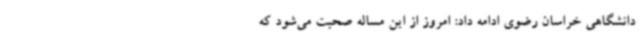
دانشگاهی خراسان رضوی ادامه داد: امروز از این مساله صحبت می‌شود که